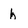
Character: h